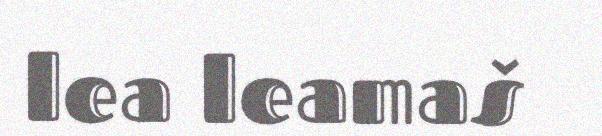
lea leamaš